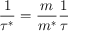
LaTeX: { \frac { 1 } { \tau ^ { * } } } = { \frac { m } { m ^ { * } } } { \frac { 1 } { \tau } }